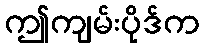
ဤကျမ်းပိုဒ်က